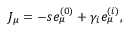
J _ { \mu } = - s e _ { \mu } ^ { ( 0 ) } + \gamma _ { i } e _ { \mu } ^ { ( i ) } ,